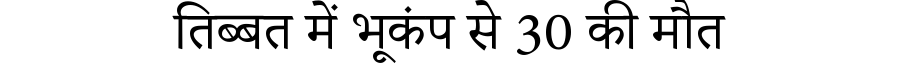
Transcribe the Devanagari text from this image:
तिब्बत में भूकंप से 30 की मौत